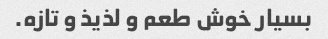
بسیار خوش طعم و لذیذ و تازه.